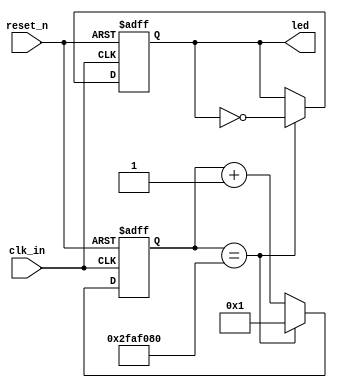
`timescale 1ns / 1ps
//////////////////////////////////////////////////////////////////////////////////
// Company: 
// Engineer: 
// 
// Design Name: 
// Module Name: led_blink
// Project Name: 
// Target Devices: 
// Tool Versions: 
// Description: 
// 
// Dependencies: 
// 
// Revision:
// Revision 0.01 - File Created
// Additional Comments:
// 
//////////////////////////////////////////////////////////////////////////////////


module led_blink(clk_in,reset_n,led);

		input clk_in;
		input reset_n;
		output led;
		
		reg led_o;
		reg [25:0] counter;
		
		always@(posedge clk_in or negedge reset_n)
		begin
		
			if(reset_n == 1'b0)
				begin
					counter <= 1'b1;
					led_o <= 1'b0;
				end
				
			else
				begin				
					if(counter == 50000000)
						begin
							counter <= 1'b1;
							led_o <= ~led_o;
						end
					else
						begin
							counter <= counter + 1'b1;
						end
				end
		end
		 
		assign led = led_o;
		
endmodule